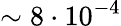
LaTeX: \sim 8\cdot 10^{-4}